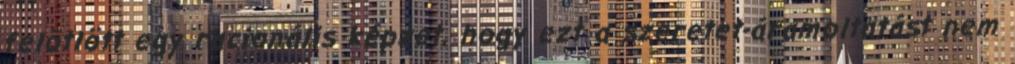
felötlött egy racionális képzet, hogy ezt a szeretet-áramoltatást nem